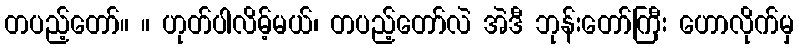
တပည့်တော်။ ။ ဟုတ်ပါလိမ့်မယ်၊ တပည့်တော်လဲ အဲဒီ ဘုန်းတော်ကြီး ဟောလိုက်မှ